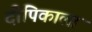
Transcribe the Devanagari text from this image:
दीपिकाला